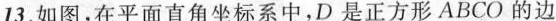
13.如图，在平面直角坐标系中，D是正方形ABCO的边